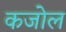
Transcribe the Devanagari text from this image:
कजोल